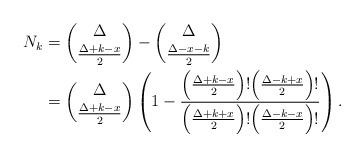
LaTeX: \begin{align*}N_k&=\binom{\Delta}{\frac{\Delta+k-x}{2}}-\binom{\Delta}{\frac{\Delta-x-k}{2}}\\&=\binom{\Delta}{\frac{\Delta+k-x}{2}}\left(1-\frac{\Big(\frac{\Delta+k-x}{2}\Big)!\Big(\frac{\Delta-k+x}{2}\Big)!}{\Big(\frac{\Delta+k+x}{2}\Big)!\Big(\frac{\Delta-k-x}{2}\Big)!}\right).\end{align*}